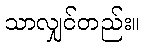
သာလျှင်တည်း။